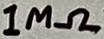
Text: 1MΩ